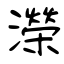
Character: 濚